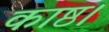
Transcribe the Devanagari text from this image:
काष्ठ।